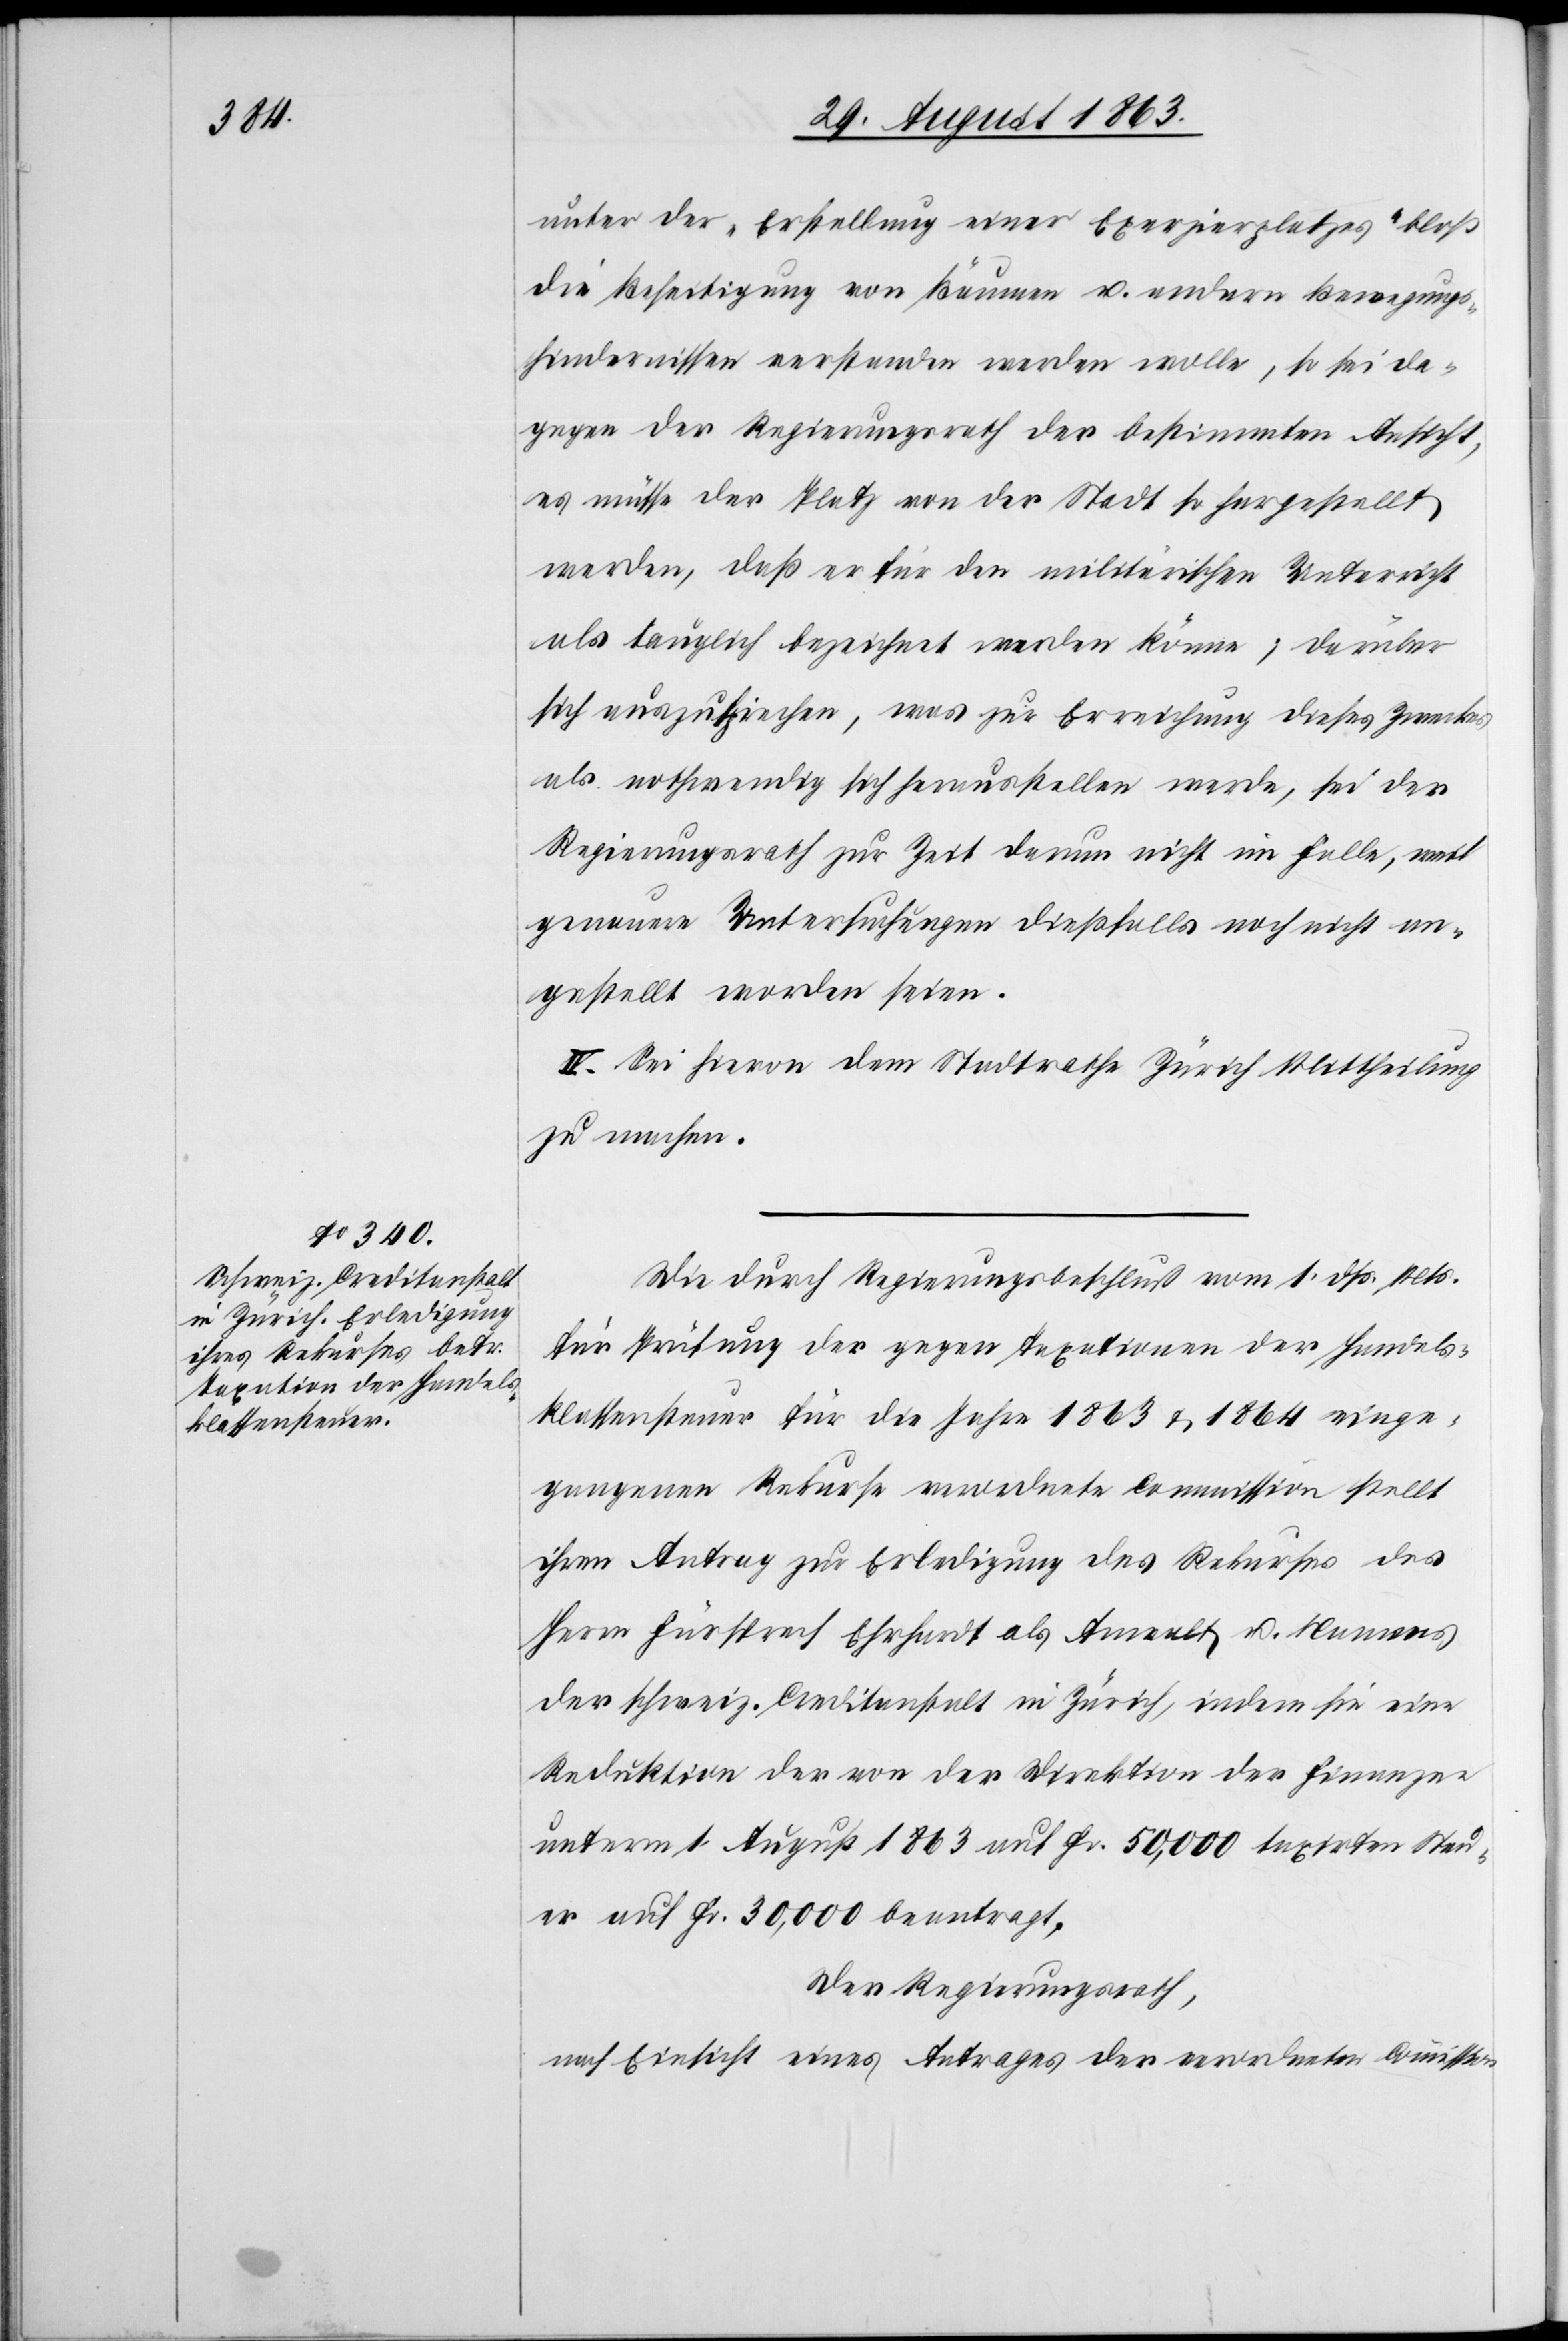
unter der „Erstellung einer Exerzierplatzes“ [sic!]
die Beseitigung von Bäumen u. andern Bewegungs¬
hindernissen verstanden werden wolle, so sei da¬
gegen der Regierungsrath der bestimmten Ansicht,
es müsse der Platz von der Stadt so hergestellt
werden, daß er für den militärischen Unterricht
als tauglich bezeichnet werden könne; darüber
sich auszusprechen, was zur Erreichung dieses Zweckes
als nothwendig sich herausstellen werde, sei der
Regierungsrath zur Zeit darum nicht im Falle, weil
genauere Untersuchungen dießfalls noch nicht an¬
gestellt worden seien.
IV. Sei hievon dem Stadtrathe Zürich Mittheilung
zu machen.
Die durch Regierungsbeschluß vom 1. dß. Mts.
für Prüfung der gegen Taxationen der Handels¬
klassensteuer für die Jahre 1863 & 1864 einge¬
gangenen Rekurse verordnete Commission stellt
ihren Antrag zur Erledigung des Rekurses des
Herrn Fürsprech Ehrhardt als Anwalt u. Namens
der schweiz. Creditanstalt in Zürich, indem sie eine
Reduktion der von der Direktion der Finanzen
unterm 1. August 1863 auf Fr. 50,000 taxirten Steu¬
er auf Fr. 30,000 beantragt.
Der Regierungsrath,
nach Einsicht eines Antrages der verordneten Commission